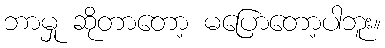
ဘာမှု ဆိုတာတော့ မပြောတော့ပါဘူး။